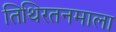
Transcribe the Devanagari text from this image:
तिथिरतनमाला